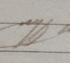
Signature authenticity: genuine